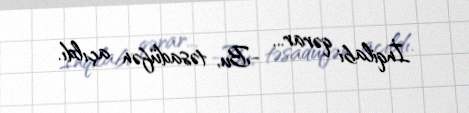
İnqilabi qərar... -Bu, təsadüfən açıldı.